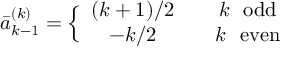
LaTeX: \bar { a } _ { k - 1 } ^ { ( k ) } = \Big \{ \begin{array} { c c c } { { ( k + 1 ) / 2 } } & { { } } & { { k \mathrm { ~ ~ o d d } } } \\ { { - k / 2 } } & { { } } & { { k \mathrm { ~ ~ e v e n } } } \end{array}